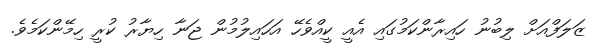
ޒަލަފްއަށް ލިބުނު ހައިރާންކަމުގައި އެއީ ކީއްވެހޭ އަހައިލުމުން ޖަނާ ހިޔާރު ކުރީ ހިމޭންކަމެވެ.